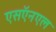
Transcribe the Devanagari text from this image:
एसऍनएल